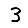
Digit: 3